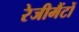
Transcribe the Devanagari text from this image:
रेजीमैंटों